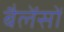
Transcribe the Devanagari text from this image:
बैलेंसों